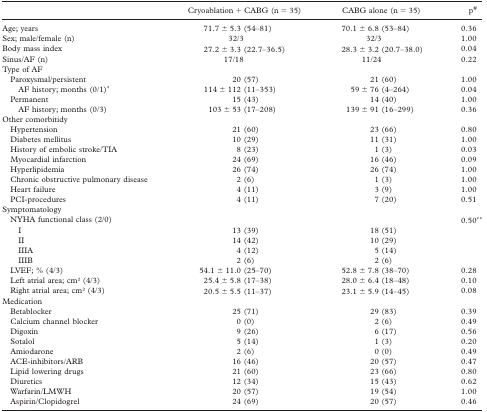
<table><thead><tr><td></td><td><b>Cryoablation + CABG (n = 35)</b></td><td><b>CABG alone (n = 35)</b></td><td><b>p#</b></td></tr></thead><tbody><tr><td>Age; years</td><td>71.7 ± 5.3 (54-81)</td><td>70.1 ± 6.8 (53-84)</td><td>0.36</td></tr><tr><td>Sex; male/female (n)</td><td>32/3</td><td>32/3</td><td>1.00</td></tr><tr><td>Body mass index</td><td>27.2 ± 3.3 (22.7-36.5)</td><td>28.3 ± 3.2 (20.7-38.0)</td><td>0.04</td></tr><tr><td>Sinus/AF (n)</td><td>17/18</td><td>11/24</td><td>0.22</td></tr><tr><td colspan="4">Type of AF</td></tr><tr><td> Paroxysmal/persistent</td><td>20 (57)</td><td>21 (60)</td><td>1.00</td></tr><tr><td>AF history; months (0/1)*</td><td>114 ± 112 (11-353)</td><td>59 ± 76 (4-264)</td><td>0.04</td></tr><tr><td> Permanent</td><td>15 (43)</td><td>14 (40)</td><td>1.00</td></tr><tr><td>AF history; months (0/3)</td><td>103 ± 53 (17-208)</td><td>139 ± 91 (16-299)</td><td>0.36</td></tr><tr><td colspan="4">Other comorbitidy</td></tr><tr><td> Hypertension</td><td>21 (60)</td><td>23 (66)</td><td>0.80</td></tr><tr><td> Diabetes mellitus</td><td>10 (29)</td><td>11 (31)</td><td>1.00</td></tr><tr><td> History of embolic stroke/TIA</td><td>8 (23)</td><td>1 (3)</td><td>0.03</td></tr><tr><td> Myocardial infarction</td><td>24 (69)</td><td>16 (46)</td><td>0.09</td></tr><tr><td> Hyperlipidemia</td><td>26 (74)</td><td>26 (74)</td><td>1.00</td></tr><tr><td> Chronic obstructive pulmonary disease</td><td>2(6)</td><td>1 (3)</td><td>1.00</td></tr><tr><td> Heart failure</td><td>4(11)</td><td>3 (9)</td><td>1.00</td></tr><tr><td> PCI-procedures</td><td>4(11)</td><td>7 (20)</td><td>0.51</td></tr><tr><td colspan="4">Symptomatology</td></tr><tr><td> NYHA functional class (2/0)</td><td></td><td></td><td>0.50**</td></tr><tr><td>I</td><td>13 (39)</td><td>18 (51)</td><td></td></tr><tr><td>II</td><td>14 (42)</td><td>10 (29)</td><td></td></tr><tr><td>IIIA</td><td>4(12)</td><td>5 (14)</td><td></td></tr><tr><td>IIIB</td><td>2(6)</td><td>2(6)</td><td></td></tr><tr><td> LVEF; % (4/3)</td><td>54.1 ± 11.0 (25-70)</td><td>52.8 ± 7.8 (38-70)</td><td>0.28</td></tr><tr><td> Left atrial area; cm<sup>2</sup> (4/3)</td><td>25.4 ± 5.8 (17-38)</td><td>28.0 ± 6.4 (18-48)</td><td>0.10</td></tr><tr><td> Right atrial area; cm<sup>2</sup> (4/3)</td><td>20.5 ± 5.5 (11-37)</td><td>23.1 ± 5.9 (14-45)</td><td>0.08</td></tr><tr><td colspan="4">Medication</td></tr><tr><td> Betablocker</td><td>25 (71)</td><td>29 (83)</td><td>0.39</td></tr><tr><td>Calcium channel blocker</td><td>0(0)</td><td>2(6)</td><td>0.49</td></tr><tr><td>Digoxin</td><td>9(26)</td><td>6(17)</td><td>0.56</td></tr><tr><td>Sotalol</td><td>5(14)</td><td>1 (3)</td><td>0.20</td></tr><tr><td>Amiodarone</td><td>2(6)</td><td>0(0)</td><td>0.49</td></tr><tr><td>ACE-inhibitors/ARB</td><td>16 (46)</td><td>20 (57)</td><td>0.47</td></tr><tr><td>Lipid lowering drugs</td><td>21 (60)</td><td>23 (66)</td><td>0.80</td></tr><tr><td>Diuretics</td><td>12 (34)</td><td>15 (43)</td><td>0.62</td></tr><tr><td>Warfarin/LMWH</td><td>20 (57)</td><td>19 (54)</td><td>1.00</td></tr><tr><td>Aspirin/Clopidogrel</td><td>24 (69)</td><td>20 (57)</td><td>0.46</td></tr></tbody></table>